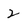
Character: 2